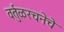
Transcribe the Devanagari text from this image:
वर्तुळरचनेचे